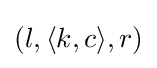
(l,\langle k,c\rangle ,r)